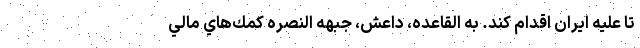
تا عليه ايران اقدام كند. به القاعده، داعش، جبهه النصره كمك‌هاي مالي